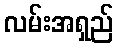
လမ်းအရှည်